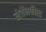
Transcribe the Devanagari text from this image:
लेर्चेंनफील्ड